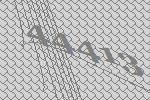
44413